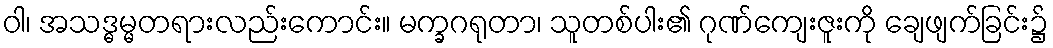
ဝါ၊ အသဒ္ဓမ္မတရားလည်းကောင်း။ မက္ခဂရုတာ၊ သူတစ်ပါး၏ ဂုဏ်ကျေးဇူးကို ချေဖျက်ခြင်း၌